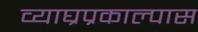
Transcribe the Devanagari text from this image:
व्याघ्रप्रकाल्पास